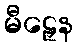
မီဠှေန